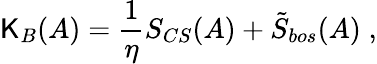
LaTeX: \mathsf{K}_{B}(A)=\frac{1}{\eta}S_{CS}(A)+\tilde{{S}}_{bos}(A)\; ,